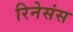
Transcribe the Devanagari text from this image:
रिनेसंस